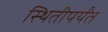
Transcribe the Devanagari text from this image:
स्थितीपर्यंत